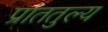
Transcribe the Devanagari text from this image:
प्रांततुल्य